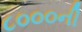
૮૦૦૦ની